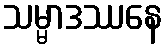
သမ္မာဒဿနေ